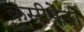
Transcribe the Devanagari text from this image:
क्रुसीफ़ेरी